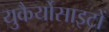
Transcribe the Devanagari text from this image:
युकैर्योसाइटों